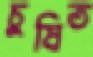
চুষিত